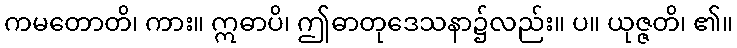
ကမတောတိ၊ ကား။ ဣဓာပိ၊ ဤဓာတုဒေသနာ၌လည်း။ ပ။ ယုဇ္ဇတိ၊ ၏။